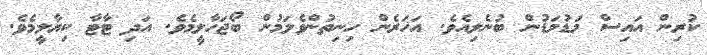
ކުރިން އައިސް މަޑުމަޑުން ބުނެލިއެވެ. އަހަރެން ހިނިތުންވެލަމުން ބޯޖަހާލީމެވެ. އަދި ޓާޓާ ކިޔާލީމެވެ.